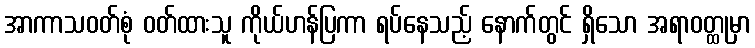
အာကာသဝတ်စုံ ဝတ်ထားသူ ကိုယ်ဟန်ပြကာ ရပ်နေသည့် နောက်တွင် ရှိသော အရာဝတ္ထုမှာ